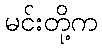
မင်းတို့က